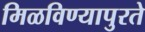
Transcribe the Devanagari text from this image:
मिळविण्यापुरते